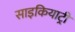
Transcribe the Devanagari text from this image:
साइकियाट्री